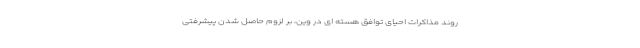
روند مذاکرات احیای توافق هسته ای در وین، بر لزوم حاصل شدن پیشرفتی